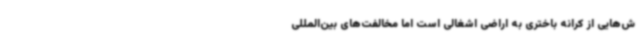
ش‌هایی از کرانه باختری به اراضی اشغالی است اما مخالفت‌های بین‌المللی